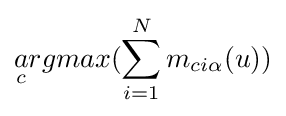
{\begin{aligned}{\underset {c}{a}}rgmax(\sum _{i=1}^{N}m_{ci\alpha }(u))\end{aligned}}